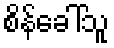
စိန်ခေါ်သူ